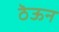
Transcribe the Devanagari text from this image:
ठॆऊन